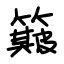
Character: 簸